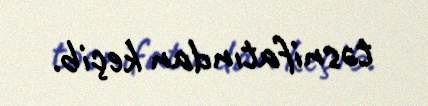
təsnifatından keçib.